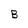
Character: B